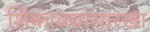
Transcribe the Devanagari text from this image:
शिंकाळ्यासारखा